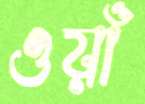
ওয়াঁ